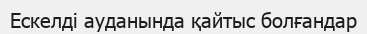
Ескелді ауданында қайтыс болғандар